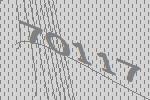
70117